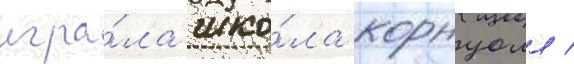
игра́ла шко́ла корнуолл /